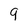
Character: 9